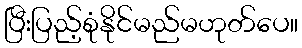
ပြီးပြည့်စုံနိုင်မည်မဟုတ်ပေ။